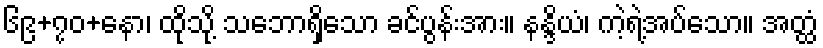
၆၉+၇၀+နော၊ ထိုသို့ သဘောရှိသော ခင်ပွန်းအား။ နန္ဒိယံ၊ ကဲ့ရဲ့အပ်သော။ အတ္ထံ